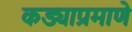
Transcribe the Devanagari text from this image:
कड्याप्रमाणे